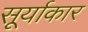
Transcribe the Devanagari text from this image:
सूर्याकार